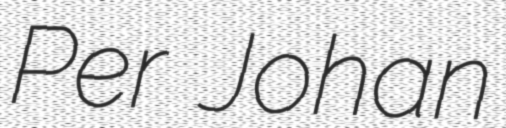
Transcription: Per Johan